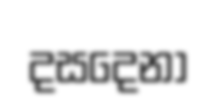
දසදෙනා